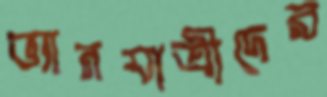
ভ্যানযাত্রীদের